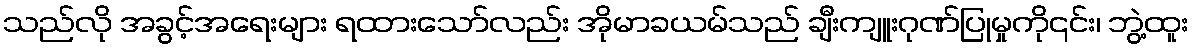
သည်လို အခွင့်အရေးများ ရထားသော်လည်း အိုမာခယမ်သည် ချီးကျူးဂုဏ်ပြုမှုကို၎င်း၊ ဘွဲ့ထူး